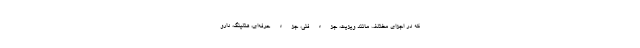
که در اجزای مختلف مانند ویزیت، جزء فنی، جزء حرفه‌ای، هتلینگ، دارو